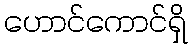
ဟောင်ကောင်ရှိ